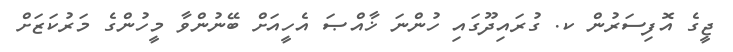
ޖީގެ އޮފިސަރުން ކ. ގުރައިދޫގައި ހުންނަ ޚާއްޞަ އެހީއަށް ބޭނުންވާ މީހުންގެ މަރުކަޒަށް